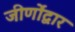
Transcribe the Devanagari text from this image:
जीर्णोंद्वार